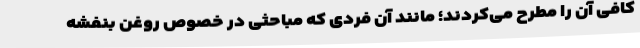
کافی آن را مطرح می‌کردند؛ مانند آن فردی که مباحثی در خصوص روغن بنفشه